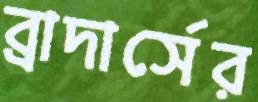
ব্রাদার্সের